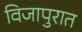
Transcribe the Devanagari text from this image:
विजापुरात